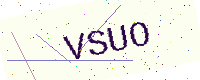
Text: VSUO